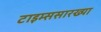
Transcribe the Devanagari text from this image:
टाइम्ससारख्या